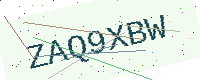
Text: ZAQ9XBW